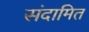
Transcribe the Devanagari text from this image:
संदामित